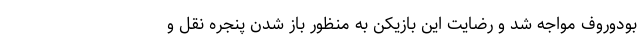
بودوروف مواجه شد و رضایت این بازیکن به منظور باز شدن پنجره نقل و